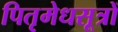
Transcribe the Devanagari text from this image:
पितृमेधसूत्रों